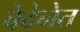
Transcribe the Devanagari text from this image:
वेदेनेत